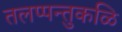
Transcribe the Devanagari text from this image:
तलप्पन्तुकळि